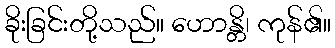
ခိုးခြင်းတို့သည်။ ဟောန္တိ၊ ကုန်၏။